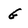
Character: G